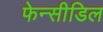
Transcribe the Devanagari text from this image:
फेन्सीडिल